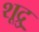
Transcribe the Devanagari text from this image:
शूद्रु